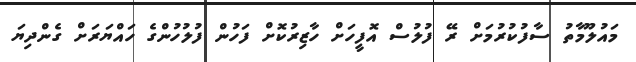
މައުލޫމާތު ސާފުކުރުމަށް ރޭ ފުލުސް އޮފީހަށް ހާޒިރުކޮށް ފަހުން ފުލުހުންގެ ހައްޔަރަށް ގެންދިޔަ